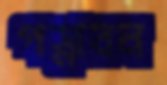
পস্নাবন